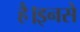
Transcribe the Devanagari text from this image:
है।इनसे